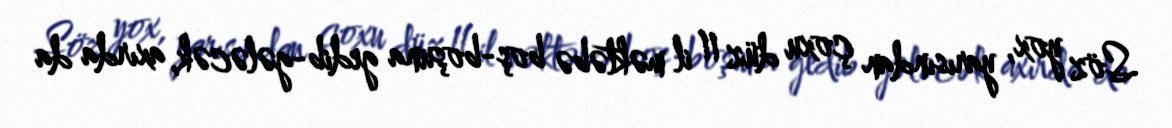
Söz yox, yarısından çoxu düz 11 il məktəbə boş-boşuna gedib-gələcək, axırda da